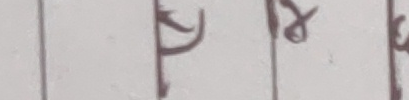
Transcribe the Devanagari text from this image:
छ